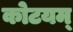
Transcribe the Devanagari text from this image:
कोटयम्